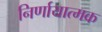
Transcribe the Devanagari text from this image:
निर्णायात्मक